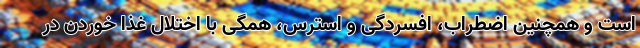
است و همچنین اضطراب، افسردگی و استرس، همگی با اختلال غذا خوردن در